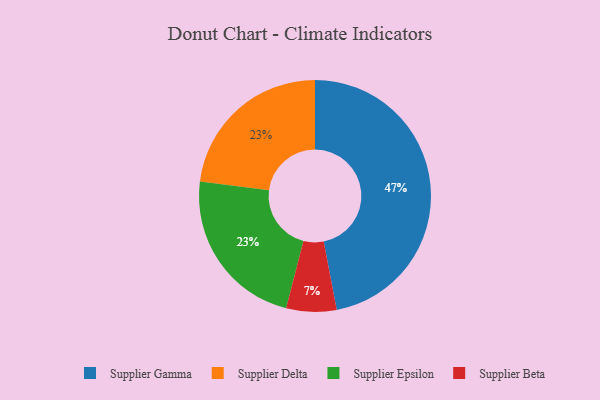
{"axis": {"x": "Category", "y": "Percentage"}, "legend": ["Supplier Beta", "Supplier Delta", "Supplier Epsilon", "Supplier Gamma"], "data": [{"x": "Supplier Delta", "y": 23, "type": "Supplier Delta"}, {"x": "Supplier Gamma", "y": 47, "type": "Supplier Gamma"}, {"x": "Supplier Beta", "y": 7, "type": "Supplier Beta"}, {"x": "Supplier Epsilon", "y": 23, "type": "Supplier Epsilon"}]}